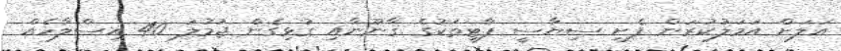
އަލަށް އަމަލުކުރަން ފެށި ސިޔާސީ ޕާޓީތަކުގެ ޤާނޫނާއި ގުޅިގެން ޖުމުލަ 40 އިސްލާހެއް